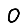
Digit: 0